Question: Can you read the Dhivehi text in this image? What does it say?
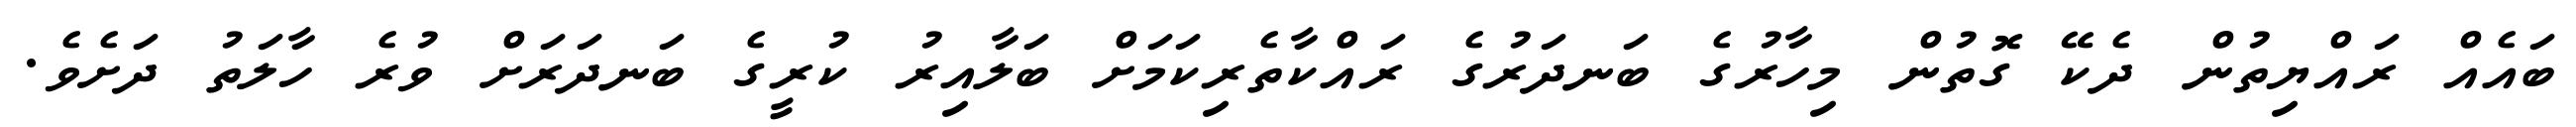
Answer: ބައެއް ރައްޔިތުން ދެކޭ ގޮތުން މިހާރުގެ ބަނދަރުގެ ރައްކާތެރިކަމަށް ބަލާއިރު ކުރީގެ ބަނދަރަށް ވުރެ ހާލަތު ދަށެވެ.